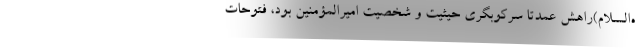
ه‌السلام)راهش عمدتاً سرکوبگری حیثیت و شخصیت امیرالمؤمنین بود، فتوحات